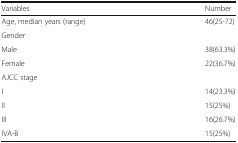
| Variables | Number |
 | --- | --- |
 | Age, median years (range) | 46(25-72) |
 | Gender |  |
 | Male | 38(63.3%) |
 | Female | 22(36.7%) |
 | AJCC stage |  |
 | I | 14(23.3%) |
 | II | 15(25%) |
 | III | 16(26.7%) |
 | IVA-B | 15(25%) |